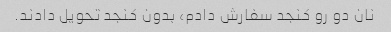
نان دو رو کنجد سفارش دادم، بدون کنجد تحویل دادند.